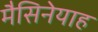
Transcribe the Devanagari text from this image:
मैसिनेयाह